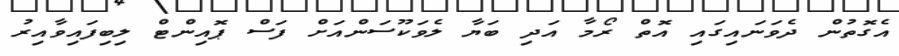
އެގޮތުން ދެވަނައިގައި އޮތް ރޯމާ އަދި ބަޔާ ލެވަކޫސަންއަށް ފަސް ޕޮއިންޓް ލިބިފައިވާއިރު